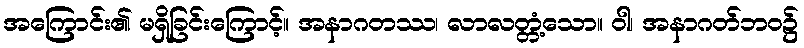
အကြောင်း၏ မရှိခြင်းကြောင့်။ အနာဂတဿ၊ လာလတ္တံ့သော။ ဝါ၊ အနာဂတ်ဘဝ၌